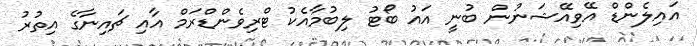
އައިލެންޑް އޭވިއޭޝަނުން ބުނީ އައު ބޯޓު ލިބުމާއެކު ޓްރިވެންޑްރަމް އާއި ޗައިނާގެ އިތުރު